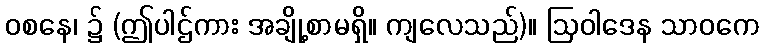
ဝစနေ၊ ၌ (ဤပါဌ်ကား အချို့စာမရှိ။ ကျလေသည်)။ ဩဝါဒေန သာဝကေ